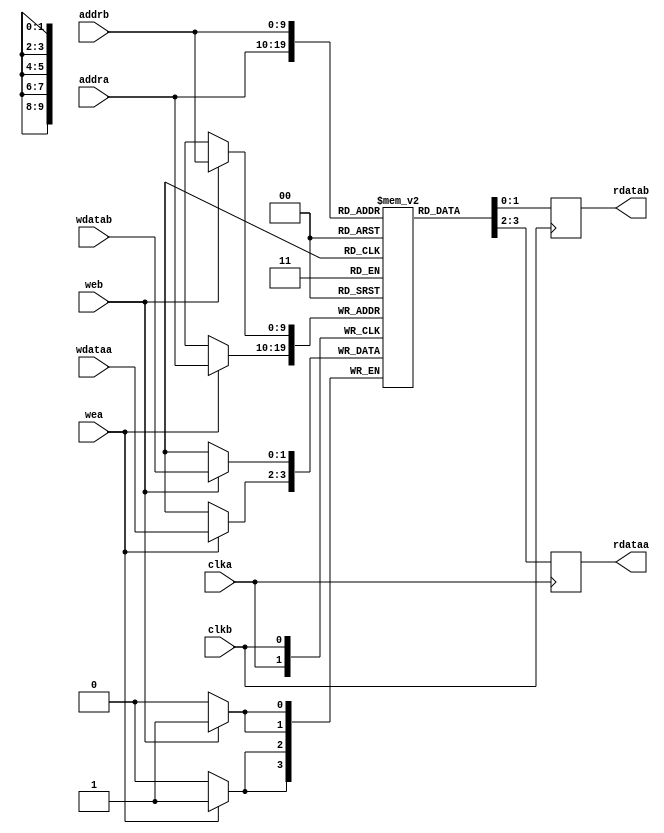
module true_dualport_ram #(
			   parameter ADDRLEN = 10,
			   parameter DATALEN = 2,
			   parameter DEPTH = 1024
			   )
   (
    input wire 		     clka,
    input wire [ADDRLEN-1:0] addra,
    output reg [DATALEN-1:0] rdataa,
    input wire [DATALEN-1:0] wdataa,
    input wire 		     wea,
    input wire 		     clkb,
    input wire [ADDRLEN-1:0] addrb,
    output reg [DATALEN-1:0] rdatab,
    input wire [DATALEN-1:0] wdatab,
    input wire 		     web
    );


   reg [DATALEN-1:0] 				  mem [0:DEPTH-1];
   
   always @ (posedge clka) begin
      rdataa <= mem[addra];
      if (wea) begin
	 mem[addra] <= wdataa;
      end
   end

   always @ (posedge clkb) begin
      rdatab <= mem[addrb];
      if (web) begin
	 mem[addrb] <= wdatab;
      end
   end
endmodule